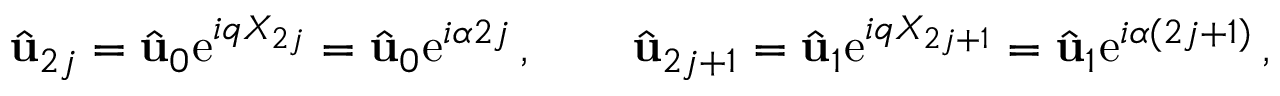
\hat { \mathbf { u } } _ { 2 j } = \hat { \mathbf { u } } _ { 0 } \mathrm { e } ^ { i q X _ { 2 j } } = \hat { \mathbf { u } } _ { 0 } \mathrm { e } ^ { i \alpha 2 j } \, , \qquad \hat { \mathbf { u } } _ { 2 j + 1 } = \hat { \mathbf { u } } _ { 1 } \mathrm { e } ^ { i q X _ { 2 j + 1 } } = \hat { \mathbf { u } } _ { 1 } \mathrm { e } ^ { i \alpha ( 2 j + 1 ) } \, ,